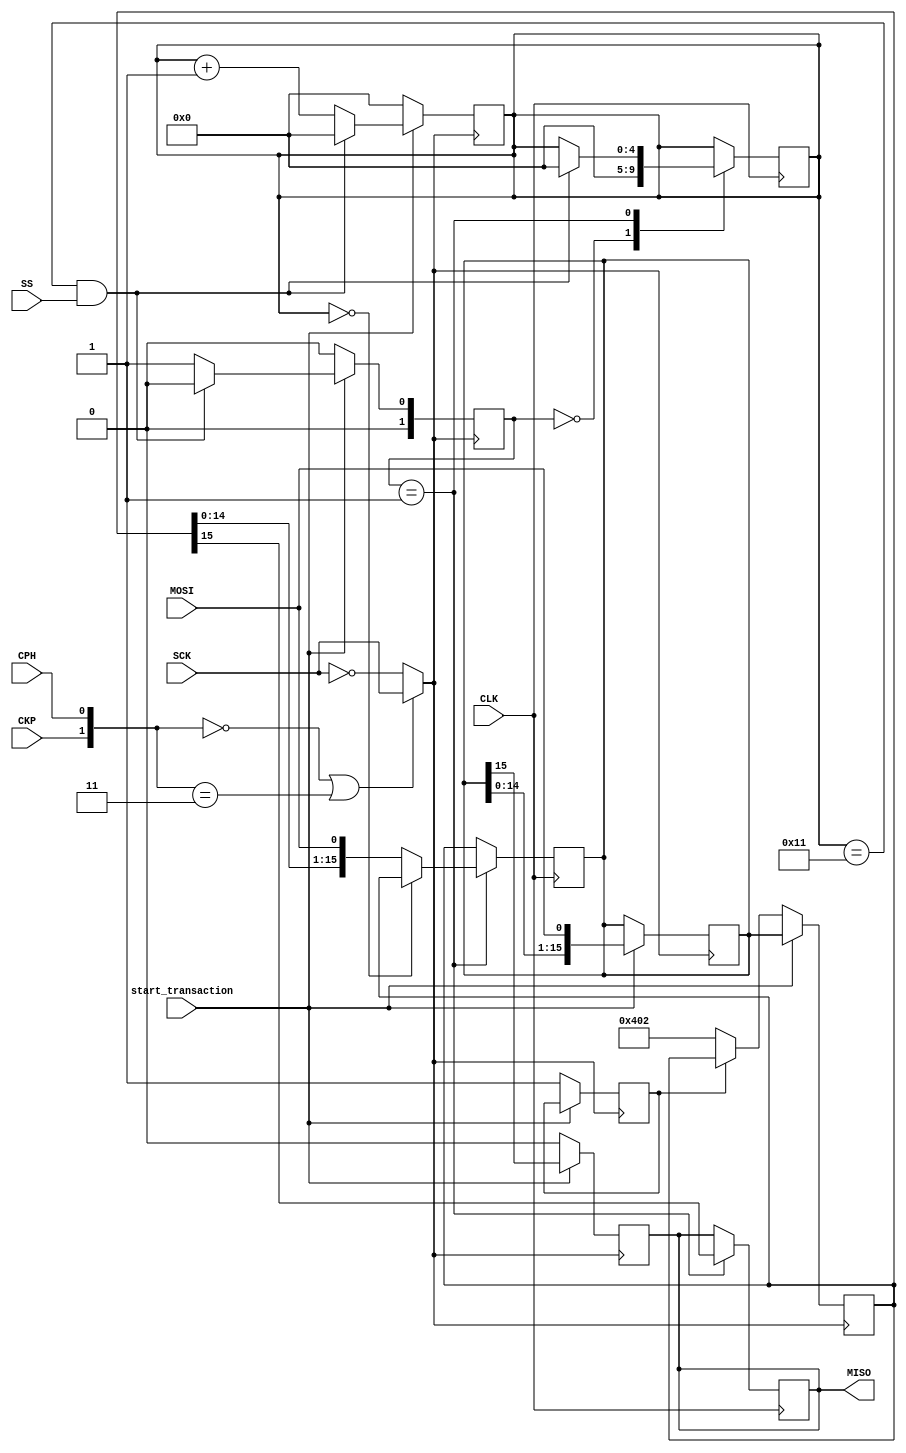
/*

    Archivo: Slave.v
    Autor: Oscar Porras Silesky C16042
    Fecha: 31 de mayo de 2024

    Descripcin: Archivo que contiene el mdulo Slave, el cual se encarga de recibir los datos
    transmitidos por el Master a travs del sistema de comunicacin SPI.

    El mdulo Slave se encarga de recibir los datos transmitidos por el Master a travs del sistema
    de comunicacin SPI. Este mdulo se encarga de recibir los datos transmitidos por el Master y de
    enviar los datos solicitados por el Master.

*/

module slave_receptor (
    input wire start_transaction,
    input wire CKP,
    input wire CPH,
    input wire MOSI,
    input wire SCK,
    output reg MISO,
    input wire SS,
    input wire CLK
);
reg [1:0] actual_state, next_state; // Esto es para el estado actual y el siguiente
reg [15:0] Data_register, Prox_Data_register; // Esto es para el registro de datos actual y el siguiente
reg [7:0] Data1 = 8'b00000100; // Datos de prueba
reg [7:0] Data2 = 8'b00000010;
reg data_begin_data_register = 0; // Bandera para saber si se ha cargado el registro de datos
reg [4:0] Bit_counter; // Contador de bits
wire chosen_SCK; // Esta es la seal de reloj escogida
wire [1:0] MODO; // Modo de operacin
wire end_protocol; // Bandera para saber si se ha terminado el protocolo
assign end_protocol = Bit_counter == 5'b10001; // Se termina el protocolo cuando se llega al limite
assign MODO = {CKP, CPH}; // Se asigna el modo de operacin
assign chosen_SCK = (MODO == 0 || MODO == 3) ? SCK : ~SCK; // Se escoge el reloj, se utiliza el reloj normal si el modo es 0 o 3, de lo contrario se utiliza el inverso

parameter IDLE = 2'b00;
parameter TRANSACTION_PROCESS = 2'b01;

// Control de estados y preparacin de datos usando CLK
always @(posedge CLK) begin
        //FLIP-FLOPS
        Prox_Data_register = Data_register; // Cargar datos de Data_register en Prox_Data_register, esto es para preparar el prximo dato
        next_state = actual_state; // Cargar el estado actual en el siguiente estado, esto es para mantener el estado actual

        case(actual_state)
            IDLE: begin
                Bit_counter = 0; 
                if (start_transaction && SS == 0) begin // Esta condicion evalua si se ha iniciado una transaccin y si el SS est activo
                    next_state = TRANSACTION_PROCESS; 
                end else begin
                    next_state = IDLE;
                end
            end
            TRANSACTION_PROCESS: begin
                if (Bit_counter == 0) begin
                    MISO = Data_register[15]; // Establecer MISO directamente desde Data_register, ya que el primer bit es el ms significativo
                end else begin
                    MISO = Data_register[15]; // Establecer MISO directamente desde Data_register
                    Prox_Data_register = {Data_register, MOSI}; // En este caso se prepara el prximo dato porque ya se ha establecido el MISO
                end
                if (end_protocol && SS == 1) begin // Esta condicin evalua si se ha terminado el protocolo y si el SS est inactivo
                    next_state = IDLE; // Se regresa al estado IDLE
                    Bit_counter = 0; // Se reinicia el contador de bits
                end
            end
        endcase

end

// Manejo de datos en chosen_SCK
always @(posedge chosen_SCK) begin
    if (start_transaction == 0) begin // Si no se ha iniciado una transaccin se reinicia el contador de bits
        actual_state <= IDLE;
        Bit_counter <= 0;
        MISO <= 0;
        if (data_begin_data_register == 0) begin // Si no se ha cargado el registro de datos se carga con los datos de prueba Data1 y Data2
            Data_register <= {Data1, Data2};
            data_begin_data_register <= 1; 
        end
    end else begin
        actual_state <= TRANSACTION_PROCESS; // Si se ha iniciado una transaccin se cambia al estado TRANSACTION_PROCESS
        Data_register <= Prox_Data_register;  // Cargar datos de Prox_Data_register
        MISO <= Prox_Data_register[15];  // Establecer MISO directamente desde Prox_Data_register
        Prox_Data_register <= {Prox_Data_register[14:0], MOSI};  // Preparar prximo dato
        Bit_counter <= Bit_counter + 1;
        if (end_protocol && SS == 1) begin // Si se ha terminado el protocolo y el SS est inactivo se regresa al estado IDLE
            actual_state <= IDLE;
            Bit_counter <= 0;
        end
    end
end

endmodule